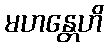
မဟန္တေဟိ